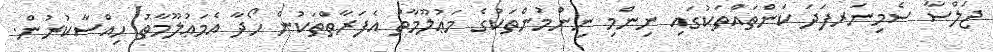
ޖަލްސާ ސެމިނަރފަދަ ކަންތައްތަކުގައި ނިންމި ނިންމުންތަކުގެ މަޢުލޫމާތު އެފަރާތްތަކުން ހޯދާ އެމަޢުލޫމާތު ހިއްސާކުރުން.